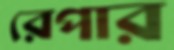
রেপার